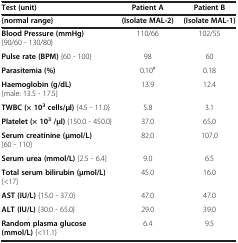
<table><thead><tr><td><b>Test (unit)</b></td><td><b>Patient A</b></td><td><b>Patient B</b></td></tr><tr><td><b>{normal range}</b></td><td><b>(Isolate MAL-2)</b></td><td><b>(Isolate MAL-1)</b></td></tr></thead><tbody><tr><td><b>Blood Pressure (mmHg)</b> {90/60 - 130/80}</td><td>110/66</td><td>102/55</td></tr><tr><td><b>Pulse rate (BPM)</b> {60 - 100}</td><td>98</td><td>60</td></tr><tr><td><b>Parasitemia (%)</b></td><td>0.10<sup>#</sup></td><td>0.18</td></tr><tr><td><b>Haemoglobin (g/dL)</b> {male: 13.5 - 17.5}</td><td>13.9</td><td>12.4</td></tr><tr><td><b>TWBC (× 10</b><sup><b>3</b></sup><b>cells/μl)</b> {4.5 - 11.0}</td><td>5.8</td><td>3.1</td></tr><tr><td><b>Platelet (× 10</b><sup><b>3</b></sup><b>/μl)</b> {150.0 - 450.0}</td><td>37.0</td><td>65.0</td></tr><tr><td><b>Serum creatinine (μmol/L)</b> {60 - 110}</td><td>82.0</td><td>107.0</td></tr><tr><td><b>Serum urea (mmol/L)</b> {2.5 - 6.4}</td><td>9.0</td><td>6.5</td></tr><tr><td><b>Total serum bilirubin (μmol/L)</b> {&lt;17}</td><td>45.0</td><td>16.0</td></tr><tr><td><b>AST (IU/L)</b> {15.0 - 37.0}</td><td>47.0</td><td>47.0</td></tr><tr><td><b>ALT (IU/L)</b> {30.0 - 65.0}</td><td>29.0</td><td>39.0</td></tr><tr><td><b>Random plasma glucose (mmol/L)</b> {&lt;11.1}</td><td>6.4</td><td>9.5</td></tr></tbody></table>